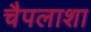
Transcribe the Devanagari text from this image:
चैपलाशा